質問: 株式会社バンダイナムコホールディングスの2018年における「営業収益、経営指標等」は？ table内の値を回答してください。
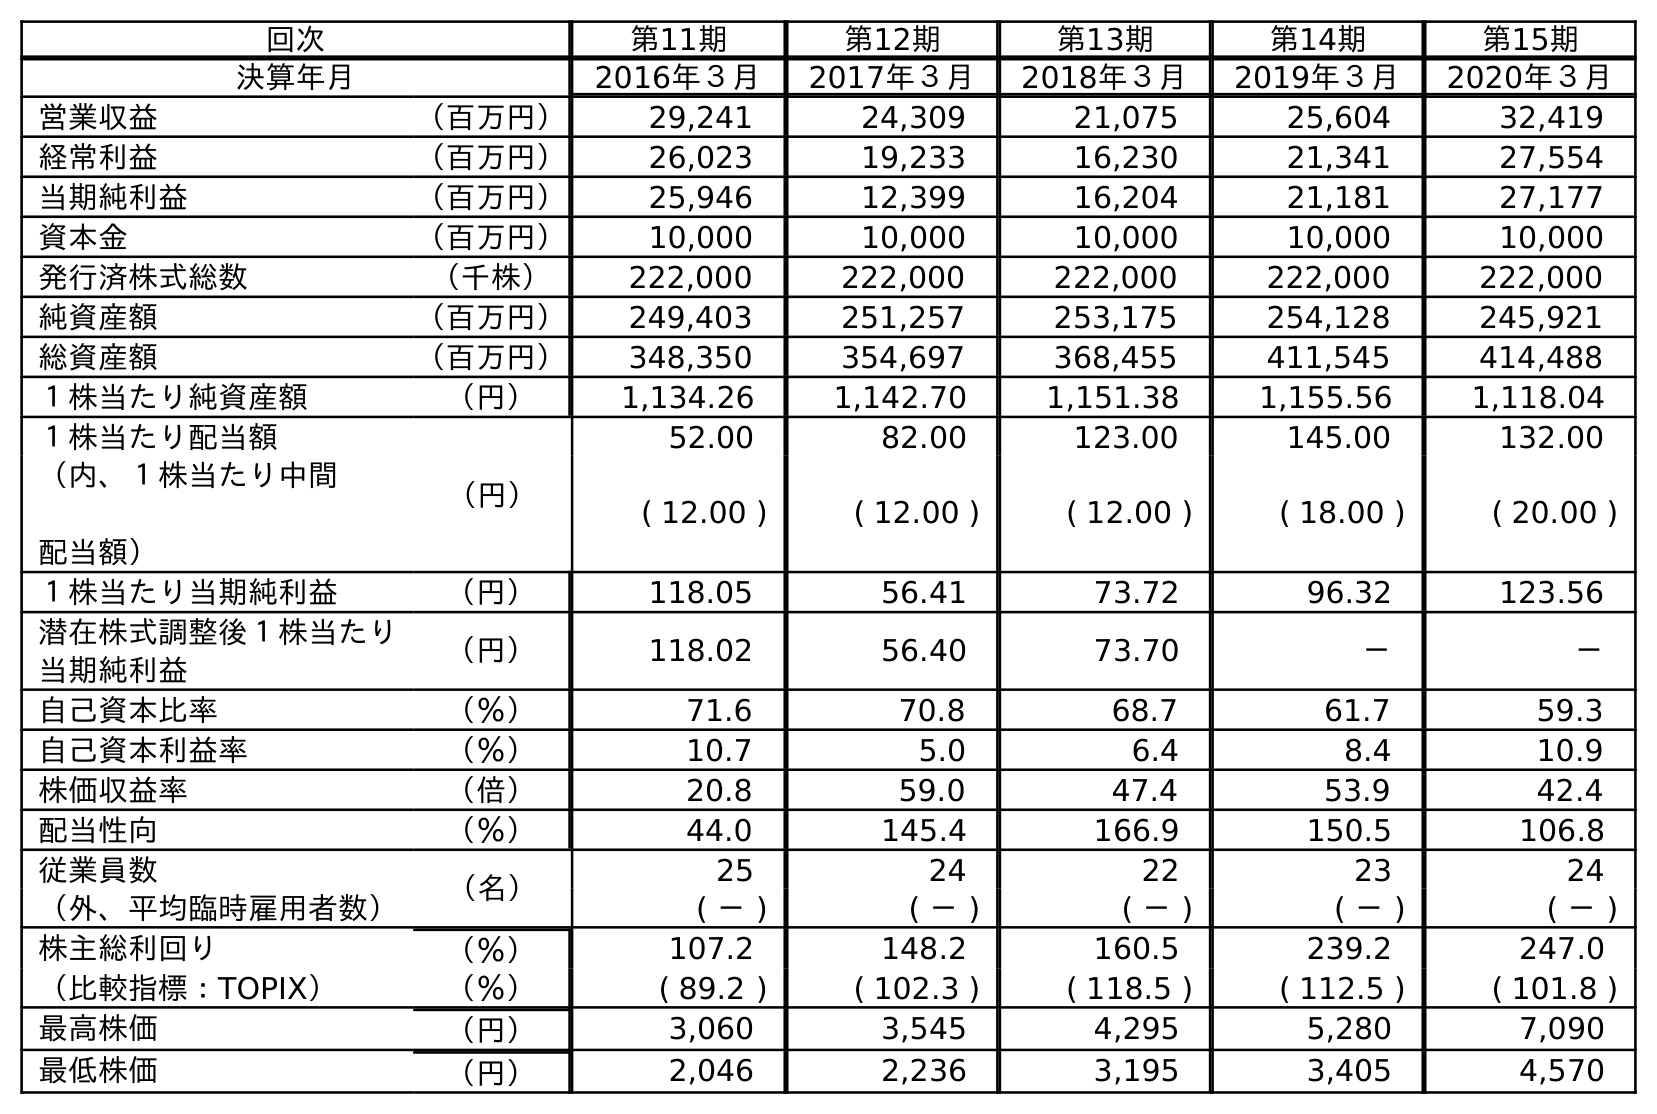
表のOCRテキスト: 回次 第11期 第12期 第13期 第14期 第15期 決算年月 2016年３月 2017年３月 2018年３月 2019年３月 2020年３月 営業収益 （百万円） 29,241 24,309 21,075 25,604 32,419 経常利益 （百万円） 26,023 19,233 16,230 21,341 27,554 当期純利益 （百万円） 25,946 12,399 16,204 21,181 27,177 資本金 （百万円） 10,000 10,000 10,000 10,000 10,000 発行済株式総数 （千株） 222,000 222,000 222,000 222,000 222,000 純資産額 （百万円） 249,403 251,257 253,175 254,128 245,921 総資産額 （百万円） 348,350 354,697 368,455 411,545 414,488 １株当たり純資産額 （円） 1,134.26 1,142.70 1,151.38 1,155.56 1,118.04 １株当たり配当額 （円） 52.00 82.00 123.00 145.00 132.00 （内、１株当たり中間 配当額） ( 12.00 ) ( 12.00 ) ( 12.00 ) ( 18.00 ) ( 20.00 ) １株当たり当期純利益 （円） 118.05 56.41 73.72 96.32 123.56 潜在株式調整後１株当たり 当期純利益 （円） 118.02 56.40 73.70 － － 自己資本比率 （％） 71.6 70.8 68.7 61.7 59.3 自己資本利益率 （％） 10.7 5.0 6.4 8.4 10.9 株価収益率 （倍） 20.8 59.0 47.4 53.9 42.4 配当性向 （％） 44.0 145.4 166.9 150.5 106.8 従業員数 （名） 25 24 22 23 24 （外、平均臨時雇用者数） ( － ) ( － ) ( － ) ( － ) ( － ) 株主総利回り （％） 107.2 148.2 160.5 239.2 247.0 （比較指標：TOPIX） （％） ( 89.2 ) ( 102.3 ) ( 118.5 ) ( 112.5 ) ( 101.8 ) 最高株価 （円） 3,060 3,545 4,295 5,280 7,090 最低株価 （円） 2,046 2,236 3,195 3,405 4,570
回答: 21,075